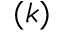
( k )